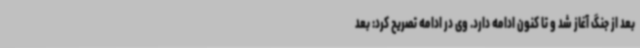
بعد از جنگ آغاز شد و تا کنون ادامه دارد. وی در ادامه تصریح کرد: بعد